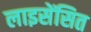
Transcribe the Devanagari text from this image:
लाइसेंसित